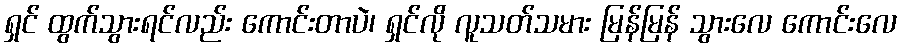
ရှင် ထွက်သွားရင်လည်း ကောင်းတာပဲ၊ ရှင်လို လူသတ်သမား မြန်မြန် သွားလေ ကောင်းလေ